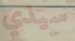
سيدي